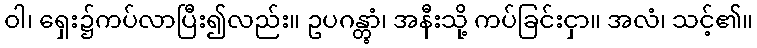
ဝါ၊ ရှေး၌ကပ်လာပြီး၍လည်း။ ဥပဂန္တွာံ၊ အနီးသို့ ကပ်ခြင်းငှာ။ အလံ၊ သင့်၏။